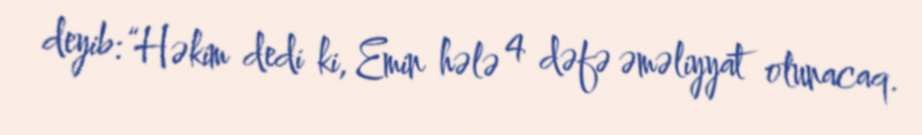
deyib: “Həkim dedi ki, Emin hələ 4 dəfə əməliyyat olunacaq.